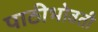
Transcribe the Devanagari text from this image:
पाठीभोवती